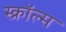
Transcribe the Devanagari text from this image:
स्क्रॉल्स